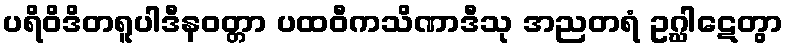
ပရိဝိဒိတရူပါဒီနဝတ္တာ ပထဝီကသိဏာဒီသု အညတရံ ဥဂ္ဃါဋေတွာ